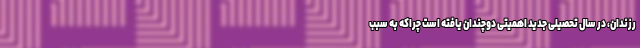
رزندان، در سال تحصیلی جدید اهمیتی دوچندان یافته است چراکه به سبب